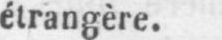
étrangère.